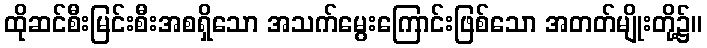
ထိုဆင်စီးမြင်းစီးအစရှိသော အသက်မွေးကြောင်းဖြစ်သော အတတ်မျိုးတို့၌။